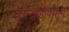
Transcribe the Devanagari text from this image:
जमखंडीपासून